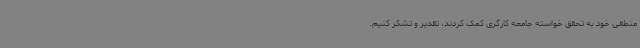
منطقی خود به تحقق خواسته جامعه کارگری کمک کردند، تقدیر و تشکر کنیم.